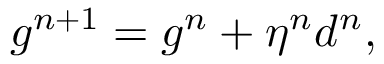
g ^ { n + 1 } = g ^ { n } + \eta ^ { n } d ^ { n } ,